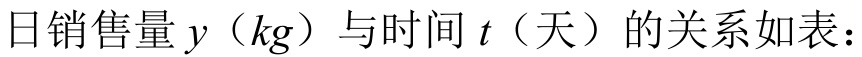
日销售量\(y\)（\(kg\)）与时间\(t\)（天）的关系如表：